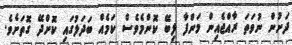
ދަށުން ނުވަތަ ރާއްޖެއިން މަންފާ ލިބޭ ކޮންމެވެސް ކަމެއް ބަދަލުގައި ކޮށްދޭ ގޮތަށެވެ.